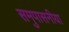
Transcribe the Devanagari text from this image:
समुपासनीया